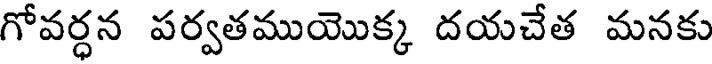
గోవర్ధన పర్వతముయొక్క దయచేత మనకు